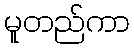
မူတည်ကာ